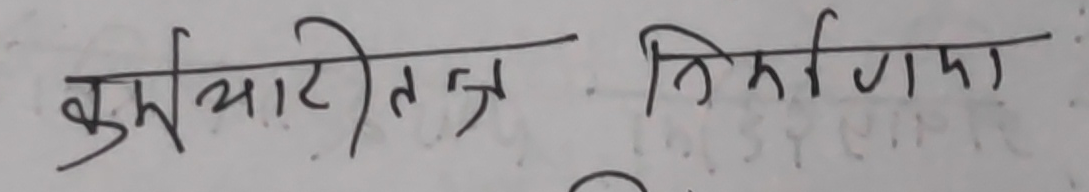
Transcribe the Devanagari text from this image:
कर्मचारीतन्त्र निगमा